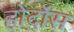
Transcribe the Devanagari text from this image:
होर्द़ोस